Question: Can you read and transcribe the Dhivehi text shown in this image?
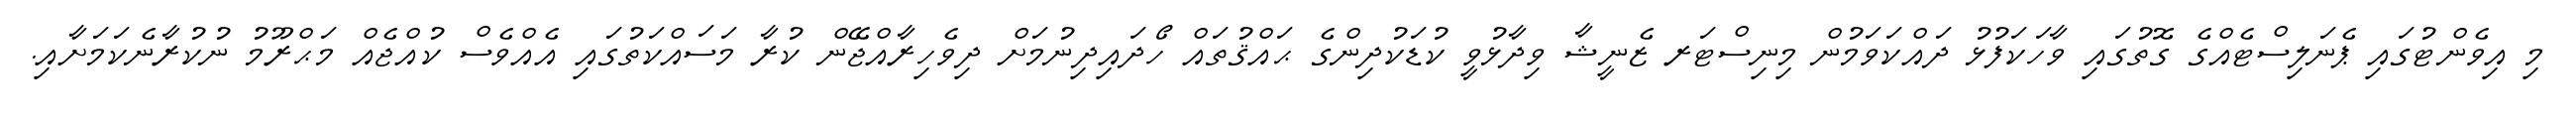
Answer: މި އިވެންޓުގައި ޕެނަލިސްޓެއްގެ ގޮތުގައި ވާހަކަފުޅު ދައްކަވަމުން މިނިސްޓަރ ޒެނީޝާ ވިދާޅުވީ ކުޑަކުދިންގެ ޙައްޤުތައް ހޯދައިދިނުމަށް ދިވެހިރާއްޖޭން ކުރާ މަސައްކަތުގައި އެއްވެސް ކުއްޖެއް މަޙްރޫމު ނުކުރާނެކަމަށާއި.